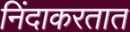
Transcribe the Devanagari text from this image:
निंदाकरतात